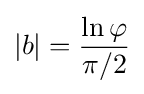
|b|={\ln {\varphi } \over \pi /2}